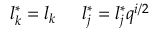
l _ { k } ^ { \ast } = l _ { k } \; \; \; \; \; l _ { j } ^ { \ast } = l _ { j } ^ { \ast } q ^ { i / 2 }